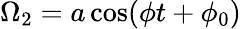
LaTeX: \Omega_{2}=a\cos(\phi t+\phi_{0})